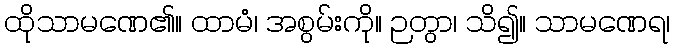
ထိုသာမဏေ၏။ ထာမံ၊ အစွမ်းကို။ ဉတွာ၊ သိ၍။ သာမဏေရ၊